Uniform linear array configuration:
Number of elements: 12
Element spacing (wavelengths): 0.75
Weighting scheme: binomial
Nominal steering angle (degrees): -15
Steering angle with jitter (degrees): -13.817
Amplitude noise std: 0.05
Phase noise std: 0.05

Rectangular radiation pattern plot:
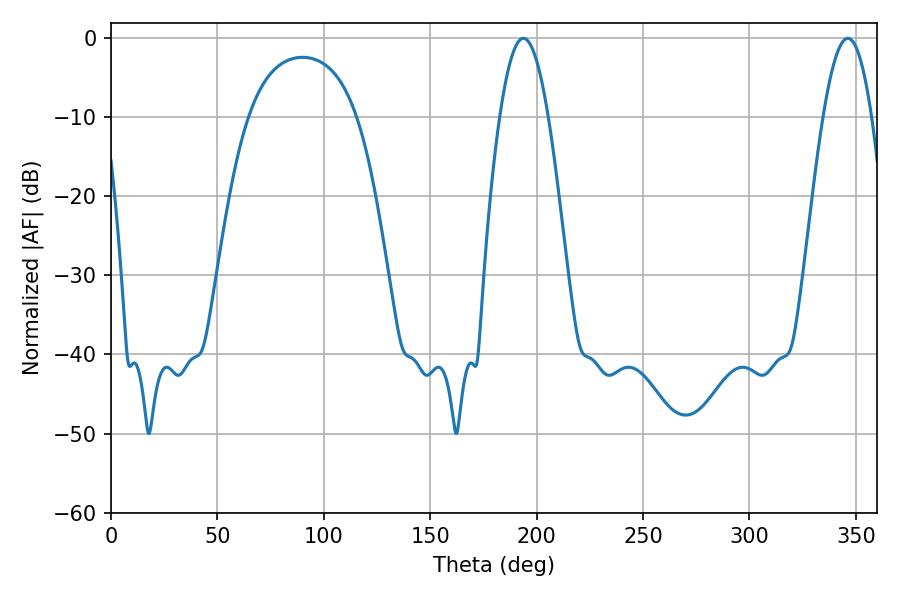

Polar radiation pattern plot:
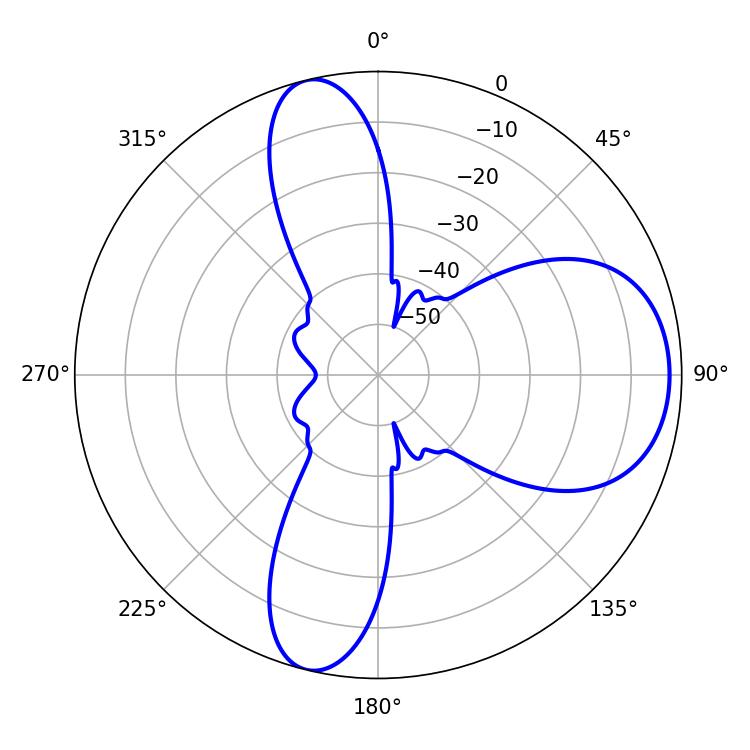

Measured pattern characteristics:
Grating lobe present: TRUE
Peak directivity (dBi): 9.283
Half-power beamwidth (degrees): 12.42
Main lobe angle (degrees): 193.86